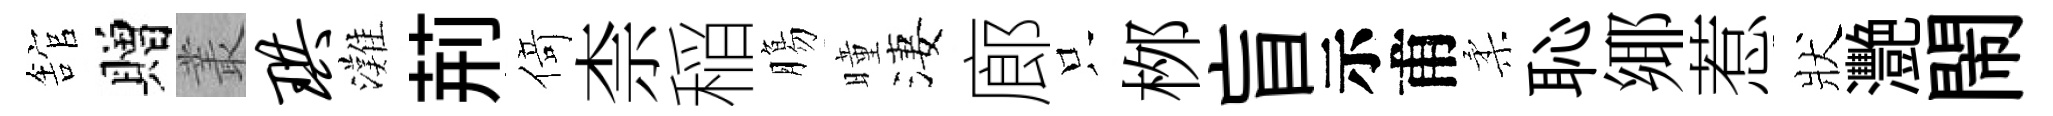
舘贈叢珙灘荊𠋣柰稲膓曈淒廊只桞盲示甫柔恥鄊惹狀灧閙